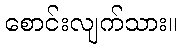
စောင်းလျက်သား။